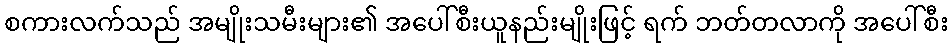
စကားလက်သည် အမျိုးသမီးများ၏ အပေါ်စီးယူနည်းမျိုးဖြင့် ရက် ဘတ်တလာကို အပေါ်စီး